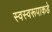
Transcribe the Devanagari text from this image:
स्वस्वरूपाकडे